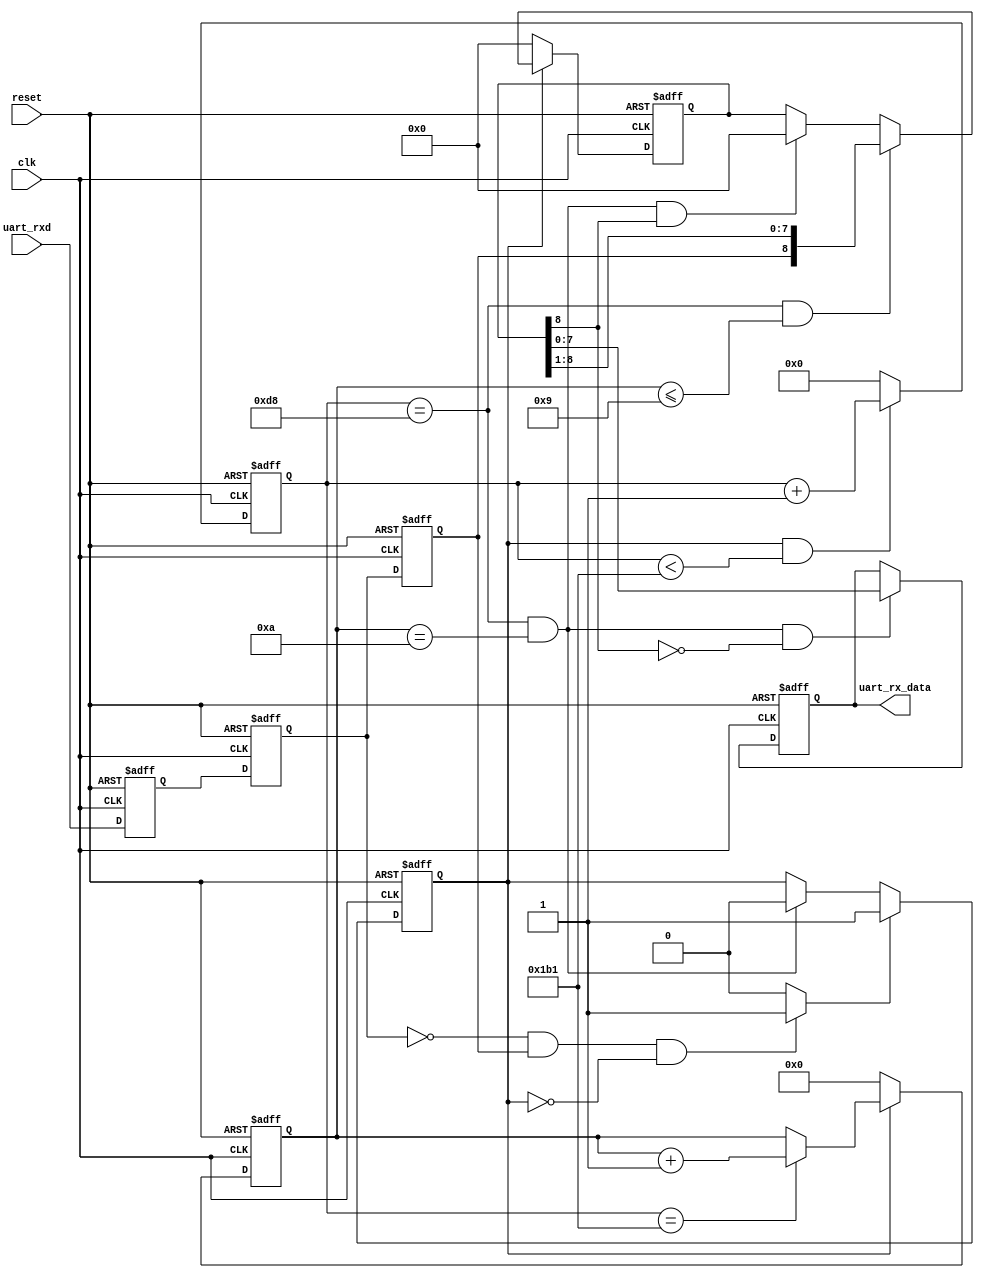
module uart_rx(
    input            clk,
    input            reset,
    input            uart_rxd,
    output reg [7:0] uart_rx_data
);
reg        uart_rxd_s0;
reg        uart_rxd_s1;
reg        uart_rxd_s2;
reg        rx_flag;
reg        uart_rx_done;
reg [15:0] baud_cnt; // 16'd65535 lowest baud rate: 762
reg [3:0]  rx_cnt;
reg [8:0]  rx_data_temp;
wire       start_en;
parameter  clk_freq = 50000000;
parameter  uart_bps = 115200;
parameter  baud_cnt_max = clk_freq/uart_bps; 

// uart_rxd signal delay three clock cycles
always @(posedge clk or posedge reset) begin
    if(reset) begin
        uart_rxd_s0 <= 1'b0;
        uart_rxd_s1 <= 1'b0;
        uart_rxd_s2 <= 1'b0;
    end
    else begin
        uart_rxd_s0 <= uart_rxd;
        uart_rxd_s1 <= uart_rxd_s0;
        uart_rxd_s2 <= uart_rxd_s1;
    end
end

// Define the negative edge of uart_rxd
assign start_en = ((~uart_rxd_s1 & uart_rxd_s2) & ~rx_flag) ? 1'b1 : 1'b0;

// start recieving data flag
always @(posedge clk or posedge reset) begin
    if(reset)
        rx_flag <= 1'b0;
    else if(start_en)
        rx_flag <= 1'b1;
    else
        rx_flag <= (baud_cnt == baud_cnt_max/2-1'b1 && rx_cnt== 4'd10) ? 1'b0 : rx_flag;
end

// Counting Baud rate
always @(posedge clk or posedge reset) begin
    if(reset)
        baud_cnt <= 16'b0;
    else
        baud_cnt <= (rx_flag && (baud_cnt < baud_cnt_max - 1'b1)) ? baud_cnt + 16'd1 : 16'd0;
end

// Counting each bit of data
always @(posedge clk or posedge reset) begin
    if(reset)
        rx_cnt <= 4'b0;
    else if(rx_flag)
        rx_cnt <= (baud_cnt == baud_cnt_max - 1'b1) ? rx_cnt + 4'd1 : rx_cnt;
    else
        rx_cnt <= 4'd0;
end

// Read data into the register and parity check
always @(posedge clk or posedge reset) begin
    if(reset) begin
        rx_data_temp <= 8'b0;
    end
    else if(rx_flag) begin
        if(baud_cnt == baud_cnt_max/2-1'b1 && rx_cnt <= 9) begin
            rx_data_temp <= {uart_rxd_s2, rx_data_temp[8:1]};
        end
        else if(baud_cnt == baud_cnt_max/2-1'b1 && rx_cnt == 10 && rx_data_temp[8]==1)
            rx_data_temp <= 9'd0;
        else
            rx_data_temp <= rx_data_temp;
        end
    else begin
        rx_data_temp <= 8'b0;
    end
end

// Finish data receiving
always @(posedge clk or posedge reset) begin
    if(reset)
        uart_rx_done <= 1'b0;
    else if(baud_cnt == baud_cnt_max/2-1'b1 && rx_cnt == 4'd10 && rx_data_temp[8]==0)
        uart_rx_done <= 1'b1;
    else
        uart_rx_done <= 1'b0;        
end

// Received data transfer to rx_data
always @(posedge clk or posedge reset) begin
    if(reset)
        uart_rx_data <= 8'b0;
    else if(baud_cnt == baud_cnt_max/2-1'b1 && rx_cnt == 4'd10 && rx_data_temp[8]==0)
        uart_rx_data <= rx_data_temp;
    else
        uart_rx_data <= uart_rx_data;
end
endmodule